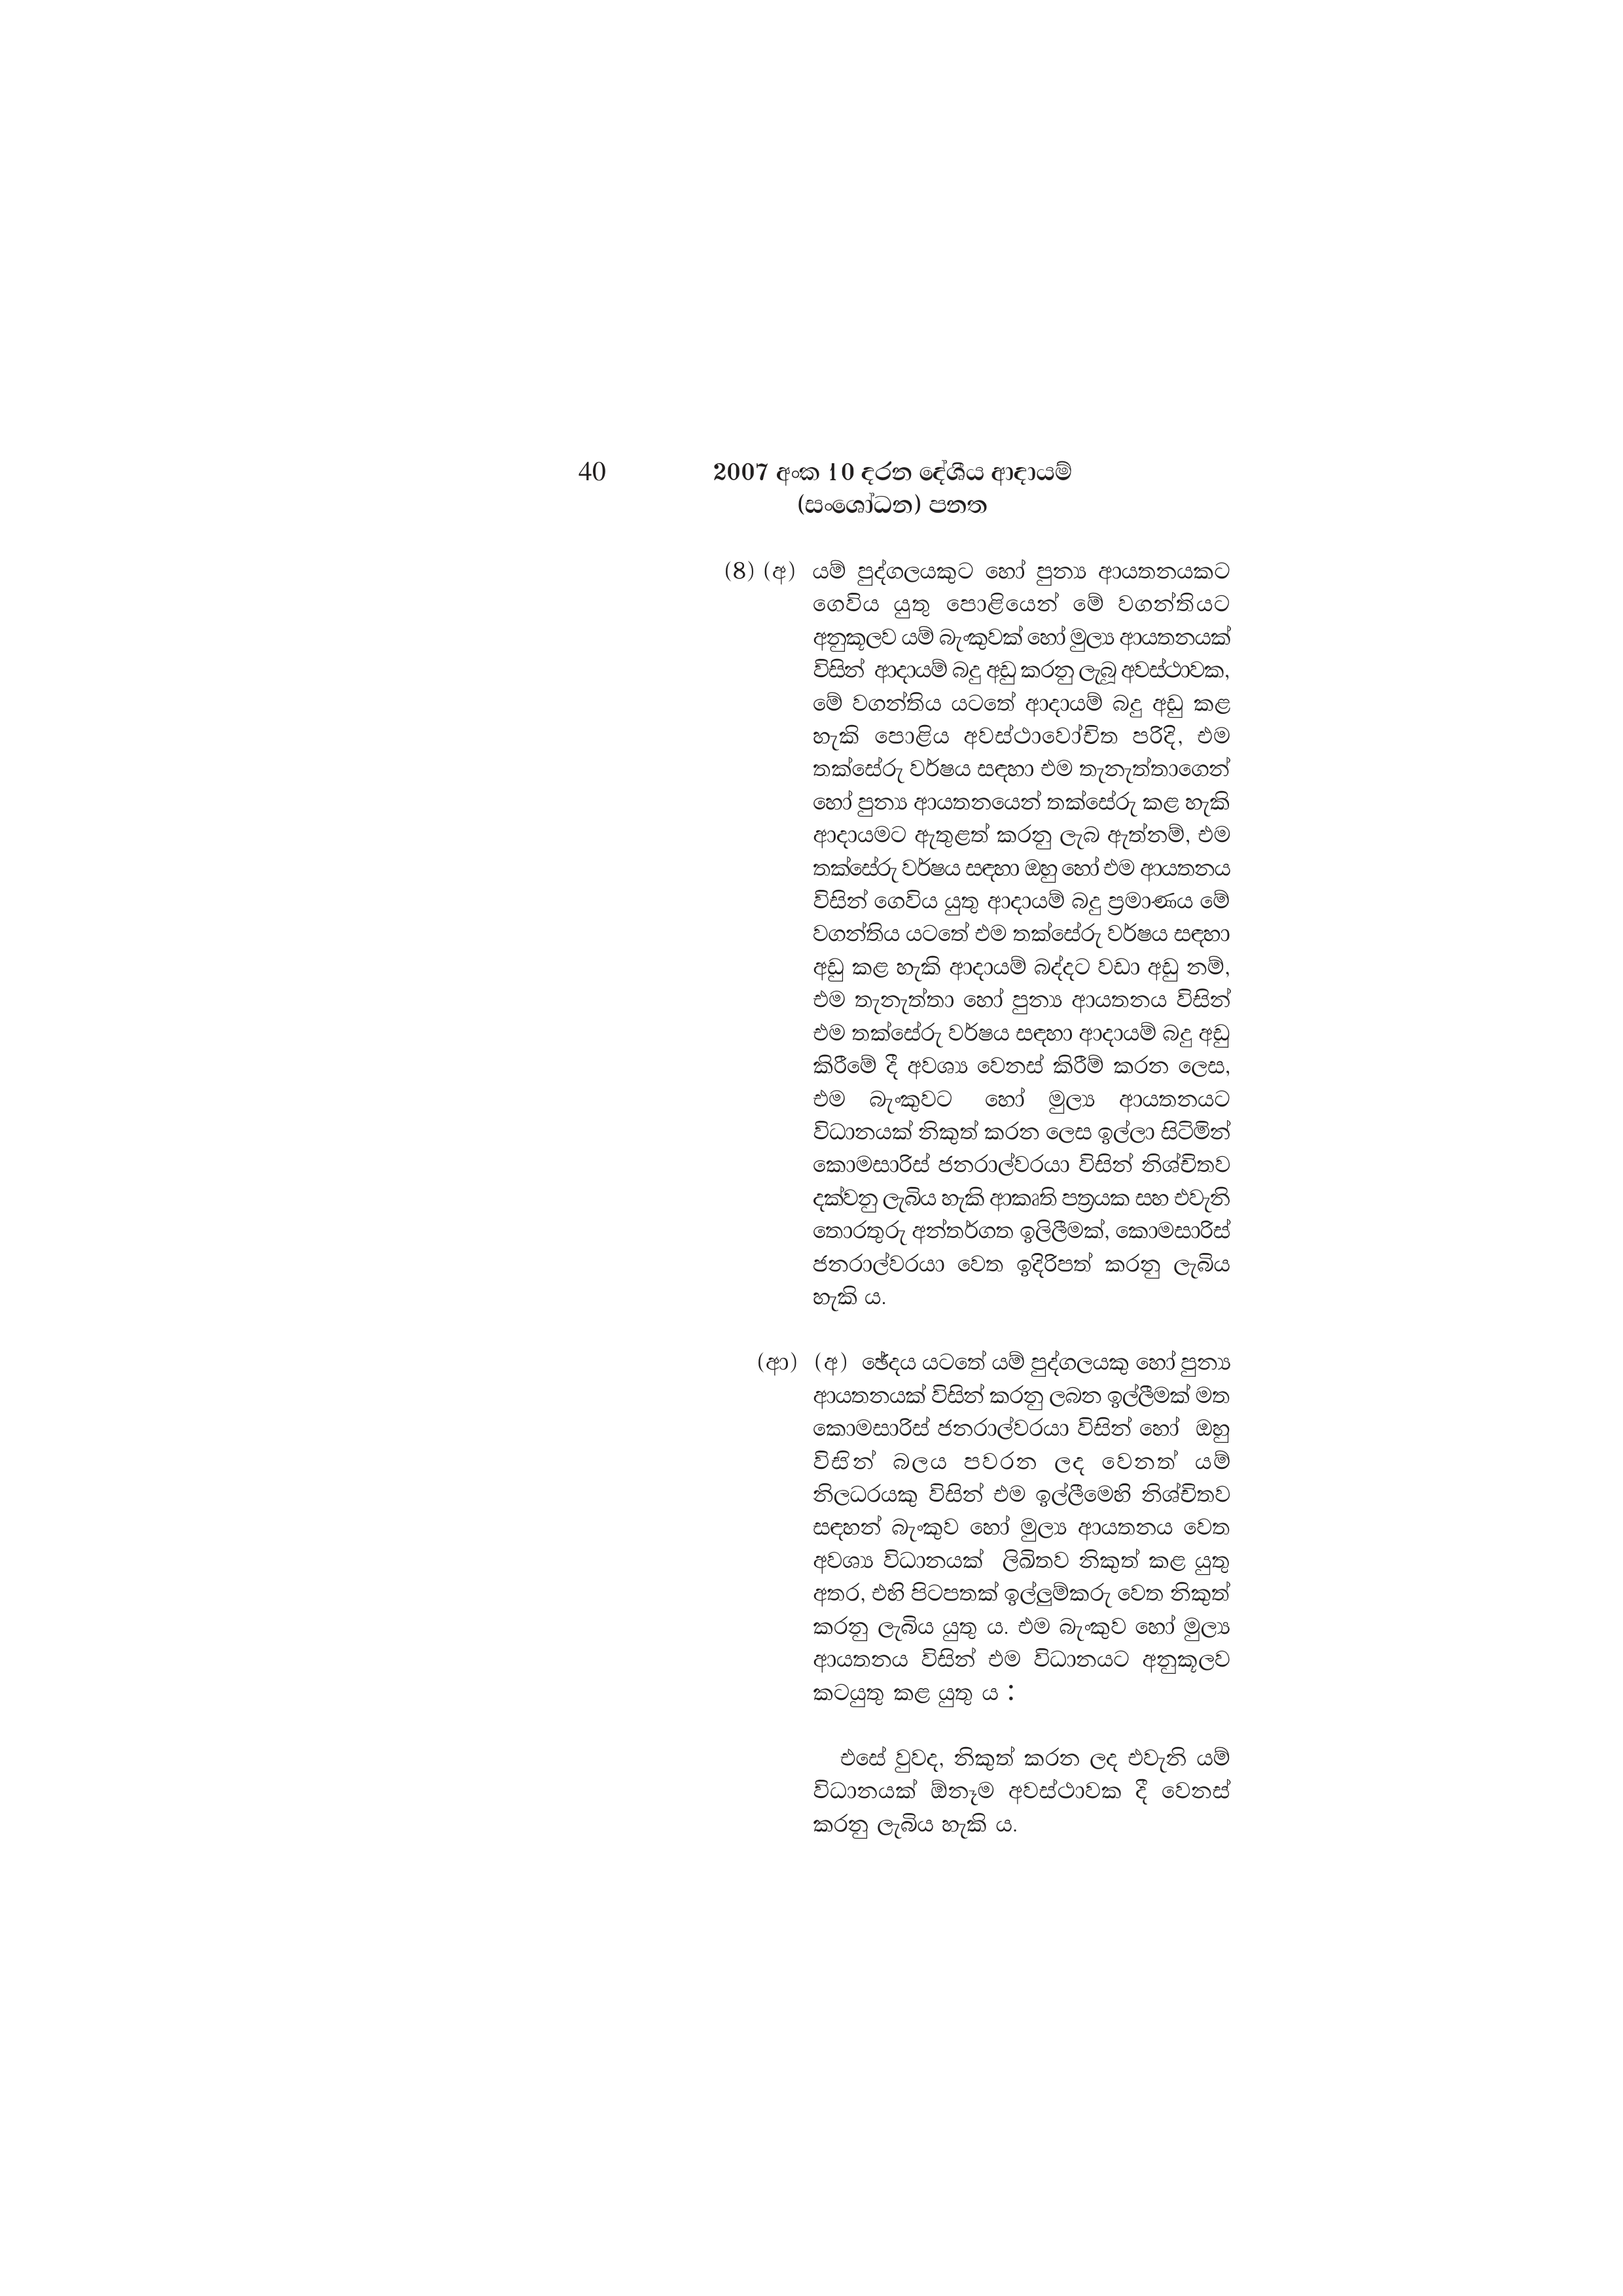
40 2007 අංක 10 දරන දේශීය ආදායම්
(සංශෝධන) පනත

(8) (අ) යම් පුද්ගලයකුට හෝ පුන්‍ය ආයතනයකට
ගෙවිය යුතු පොළියෙන් මේ වගන්තියට
අනුකූලව යම් බැංකුවක් හෝ මුල්‍ය ආයතනයක්
විසින් ආදායම් බදු අඩු කරනු ලැබූ අවස්ථාවක,
මේ වගන්තිය යටතේ ආදායම් බදු අඩු කළ
හැකි පොළිය අවස්ථාවෝචිත පරිදි, එම
තක්සේරු වර්ෂය සඳහා එම තැනැත්තාගෙන්
හෝ පුන්‍ය ආයතනයෙන් තක්සේරු කළ හැකි
ආදායමට ඇතුළත් කරනු ලැබ ඇත්නම්, එම
තක්සේරු වර්ෂය සඳහා ඔහු හෝ එම ආයතනය
විසින් ගෙවිය යුතු ආදායම් බදු ප්‍රමාණය මේ
වගන්තිය යටතේ එම තක්සේරු වර්ෂය සඳහා
අඩු කළ හැකි ආදායම් බද්දට වඩා අඩු නම්,
එම තැනැත්තා හෝ පුන්‍ය ආයතනය විසින්
එම තක්සේරු වර්ෂය සඳහා ආදායම් බදු අඩු
කිරීමේ දී අවශ්‍ය වෙනස් කිරීම් කරන ලෙස,
එම බැංකුවට හෝ මුල්‍ය ආයතනයට
විධානයක් නිකුත් කරන ලෙස ඉල්ලා සිටිමින්
කොමසාරිස් ජනරාල්වරයා විසින් නිශ්චිතව
දක්වනු ලැබිය හැකි ආකෘති පත්‍රයක සහ එවැනි
තොරතුරු අන්තර්ගත ඉලිලීමක්, කොමසාරිස්
ජනරාල්වරයා වෙත ඉදිරිපත් කරනු ලැබිය
හැකි ය.

(ආ) (අ) ඡේදය යටතේ යම් පුද්ගලයකු හෝ පුන්‍ය
ආයතනයක් විසින් කරනු ලබන ඉල්ලීමක් මත
කොමසාරිස් ජනරාල්වරයා විසින් හෝ ඔහු
විසින් බලය පවරන ලද වෙනත් යම්
නිලධරයකු විසින් එම ඉල්ලීමෙහි නිශ්චිතව
සඳහන් බැංකුව හෝ මුල්‍ය ආයතනය වෙත
අවශ්‍ය විධානයක් ලිඛිතව නිකුත් කළ යුතු
අතර, එහි පිටපතක් ඉල්ලුම්කරු වෙත නිකුත්
කරනු ලැබිය යුතු ය. එම බැංකුව හෝ මුල්‍ය
ආයතනය විසින් එම විධානයට අනුකූලව
කටයුතු කළ යුතු ය .

එසේ වුවද, නිකුත් කරන ලද එවැනි යම්
විධානයක් ඕනෑම අවස්ථාවක දී වෙනස්
කරනු ලැබිය හැකි ය.